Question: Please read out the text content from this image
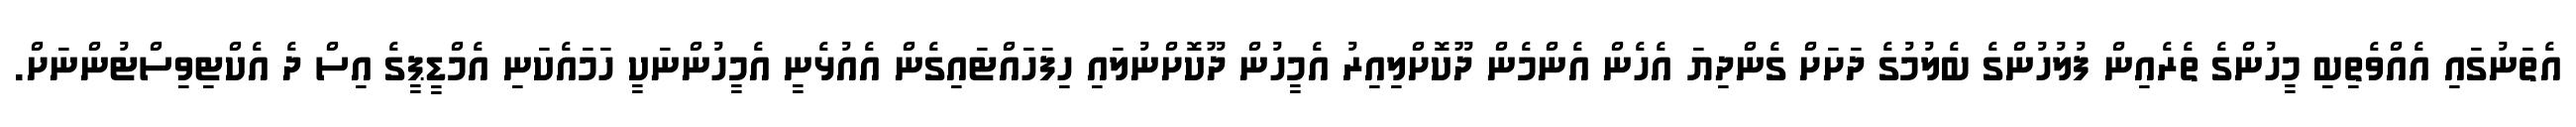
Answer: އެތަނުގައި އެއްވެތިބި މީހުންގެ ތެރެއިން ފުލުހުންގެ ބެލުމުގެ ދަށަށް ގެންދިޔަ އެހެން އެންމެން ދޫކޮށްލިއިރު އެމީހުން ދޫކޮށްނުލައި ހިފަހައްޓައިގެން އެއުޅެނީ އެމީހުންނަކީ ހަމައެކަނި އެމްޑީޕީގެ އިސް ދެ އެކްޓިވިސްޓުންނަށް.